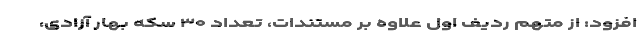
افزود: از متهم ردیف اول علاوه بر مستندات، تعداد ۳۰ سکه بهار آزادی،